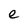
Character: e